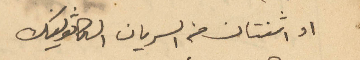
او اثنتان من السريان الكاثوليك